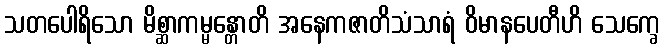
သတပေါရိသော မိစ္ဆာကမ္မန္တောတိ အနေကဇာတိသံသာရံ ဝိမာနပေတီဟိ သေက္ခေ